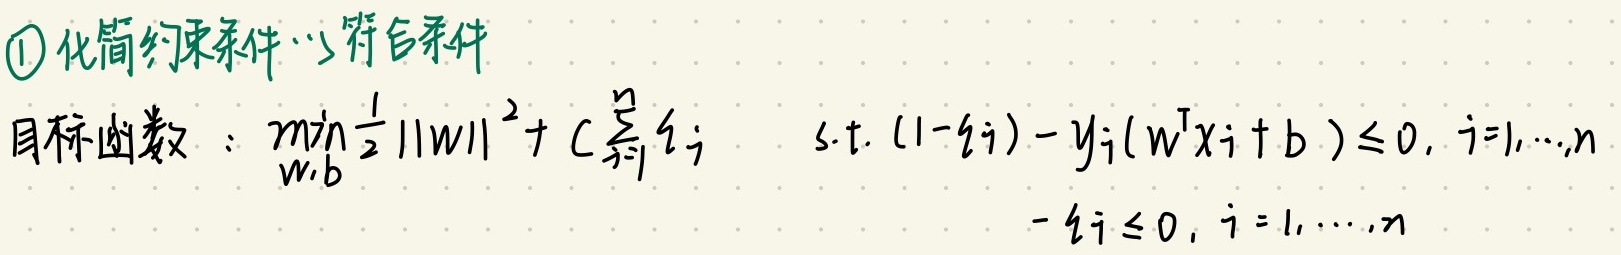
\textcircled{1} 化简约束条件·满足条件

目标函数：$\min_{w,b} \frac{1}{2} \|w\|^2 + C \sum_{i = 1}^{n} \xi_i$  \ \ \ \ \ s.t. $(1 - \xi_i) - y_i (w^T x_i + b) \leq 0, \ i = 1, \cdots, n$

\ \ \ \ \ \ \ \ \ \ \ \ \ \ \ \ \ \ \ \ \ \ \ \ \ \ \ \ \ \ \ \ \ \ \ \ \ \ \ \ \ \ \ \ \ \ \ \ \ \ \ \ \ \ \ \ \ \ \ \ \ \ \ \ \ \ \ \ \ \ \ \ \ \ \ \ \ \ \ \ \ \ \ \ \ \ \ \ \ \ \ \ \ \ \ \ \ \ \ \ \ \ \ \ \ \ \ \ \ \ \ \ \ \ \ \ \ \ \ \ \ \ \ \ \ \ \ \ \ \ \ \ \ \ \ \ \ \ \ \ \ \ \ \ \ \ \ \ \ \ \ \ \ \ \ \ \ \ \ \ \ \ \ \ \ \ \ \ \ \ \ \ \ \ \ \ \ \ \ \ \ \ \ \ \ \ \ \ \ \ \ \ \ \ \ \ \ \ \ \ \ \ \ \ \ \ \ \ \ \ \ \ \ \ \ \ \ \ \ \ \ \ \ \ \ \ \ \ \ \ \ \ \ \ \ \ \ \ \ \ \ \ \ \ \ \ \ \ \ \ \ \ \ \ \ \ \ \ \ \ \ \ \ \ \ \ \ \ \ \ \ \ \ \ \ \ \ \ \ \ \ \ \ \ \ \ \ \ \ \ \ \ \ \ \ \ \ \ \ \ \ \ \ \ \ \ \ \ \ \ \ \ \ \ \ \ \ \ \ \ \ \ \ \ \ \ \ \ \ \ \ \ \ \ \ \ \ \ \ \ \ \ \ \ \ \ \ \ \ \ \ \ \ \ \ \ \ \ \ \ \ \ \ \ \ \ \ \ \ \ \ \ \ \ \ \ \ \ \ \ \ \ \ \ \ \ \ \ \ \ \ \ \ \ \ \ \ \ \ \ \ \ \ \ \ \ \ \ \ \ \ \ \ \ \ \ \ \ \ \ \ \ \ \ \ \ \ \ \ \ \ \ \ \ \ \ \ \ \ \ \ \ \ \ \ \ \ \ \ \ \ \ \ \ \ \ \ \ \ \ \ \ \ \ \ \ \ \ \ \ \ \ \ \ \ \ \ \ \ \ \ \ \ \ \ \ \ \ \ \ \ \ \ \ \ \ \ \ \ \ \ \ \ \ \ \ \ \ \ \ \ \ \ \ \ \ \ \ \ \ \ \ \ \ \ \ \ \ \ \ \ \ \ \ \ \ \ \ \ \ \ \ \ \ \ \ \ \ \ \ \ \ \ \ \ \ \ \ \ \ \ \ \ \ \ \ \ \ \ \ \ \ \ \ \ \ \ \ \ \ \ \ \ \ \ \ \ \ \ \ \ \ \ \ \ \ \ \ \ \ \ \ \ \ \ \ \ \ \ \ \ \ \ \ \ \ \ \ \ \ \ \ \ \ \ \ \ \ \ \ \ \ \ \ \ \ \ \ \ \ \ \ \ \ \ \ \ \ \ \ \ \ \ \ \ \ \ \ \ \ \ \ \ \ \ \ \ \ \ \ \ \ \ \ \ \ \ \ \ \ \ \ \ \ \ \ \ \ \ \ \ \ \ \ \ \ \ \ \ \ \ \ \ \ \ \ \ \ \ \ \ \ \ \ \ \ \ \ \ \ \ \ \ \ \ \ \ \ \ \ \ \ \ \ \ \ \ \ \ \ \ \ \ \ \ \ \ \ \ \ \ \ \ \ \ \ \ \ \ \ \ \ \ \ \ \ \ \ \ \ \ \ \ \ \ \ \ \ \ \ \ \ \ \ \ \ \ \ \ \ \ \ \ \ \ \ \ \ \ \ \ \ \ \ \ \ \ \ \ \ \ \ \ \ \ \ \ \ \ \ \ \ \ \ \ \ \ \ \ \ \ \ \ \ \ \ \ \ \ \ \ \ \ \ \ \ \ \ \ \ \ \ \ \ \ \ \ \ \ \ \ \ \ \ \ \ \ \ \ \ \ \ \ \ \ \ \ \ \ \ \ \ \ \ \ \ \ \ \ \ \ \ \ \ \ \ \ \ \ \ \ \ \ \ \ \ \ \ \ \ \ \ \ \ \ \ \ \ \ \ \ \ \ \ \ \ \ \ \ \ \ \ \ \ \ \ \ \ \ \ \ \ \ \ \ \ \ \ \ \ \ \ \ \ \ \ \ \ \ \ \ \ \ \ \ \ \ \ \ \ \ \ \ \ \ \ \ \ \ \ \ \ \ \ \ \ \ \ \ \ \ \ \ \ \ \ \ \ \ \ \ \ \ \ \ \ \ \ \ \ \ \ \ \ \ \ \ \ \ \ \ \ \ \ \ \ \ \ \ \ \ \ \ \ \ \ \ \ \ \ \ \ \ \ \ \ \ \ \ \ \ \ \ \ \ \ \ \ \ \ \ \ \ \ \ \ \ \ \ \ \ \ \ \ \ \ \ \ \ \ \ \ \ \ \ \ \ \ \ \ \ \ \ \ \ \ \ \ \ \ \ \ \ \ \ \ \ \ \ \ \ \ \ \ \ \ \ \ \ \ \ \ \ \ \ \ \ \ \ \ \ \ \ \ \ \ \ \ \ \ \ \ \ \ \ \ \ \ \ \ \ \ \ \ \ \ \ \ \ \ \ \ \ \ \ \ \ \ \ \ \ \ \ \ \ \ \ \ \ \ \ \ \ \ \ \ \ \ \ \ \ \ \ \ \ \ \ \ \ \ \ \ \ \ \ \ \ \ \ \ \ \ \ \ \ \ \ \ \ \ \ \ \ \ \ \ \ \ \ \ \ \ \ \ \ \ \ \ \ \ \ \ \ \ \ \ \ \ \ \ \ \ \ \ \ \ \ \ \ \ \ \ \ \ \ \ \ \ \ \ \ \ \ \ \ \ \ \ \ \ \ \ \ \ \ \ \ \ \ \ \ \ \ \ \ \ \ \ \ \ \ \ \ \ \ \ \ \ \ \ \ \ \ \ \ \ \ \ \ \ \ \ \ \ \ \ \ \ \ \ \ \ \ \ \ \ \ \ \ \ \ \ \ \ \ \ \ \ \ \ \ \ \ \ \ \ \ \ \ \ \ \ \ \ \ \ \ \ \ \ \ \ \ \ \ \ \ \ \ \ \ \ \ \ \ \ \ \ \ \ \ \ \ \ \ \ \ \ \ \ \ \ \ \ \ \ \ \ \ \ \ \ \ \ \ \ \ \ \ \ \ \ \ \ \ \ \ \ \ \ \ \ \ \ \ \ \ \ \ \ \ \ \ \ \ \ \ \ \ \ \ \ \ \ \ \ \ \ \ \ \ \ \ \ \ \ \ \ \ \ \ \ \ \ \ \ \ \ \ \ \ \ \ \ \ \ \ \ \ \ \ \ \ \ \ \ \ \ \ \ \ \ \ \ \ \ \ \ \ \ \ \ \ \ \ \ \ \ \ \ \ \ \ \ \ \ \ \ \ \ \ \ \ \ \ \ \ \ \ \ \ \ \ \ \ \ \ \ \ \ \ \ \ \ \ \ \ \ \ \ \ \ \ \ \ \ \ \ \ \ \ \ \ \ \ \ \ \ \ \ \ \ \ \ \ \ \ \ \ \ \ \ \ \ \ \ \ \ \ \ \ \ \ \ \ \ \ \ \ \ \ \ \ \ \ \ \ \ \ \ \ \ \ \ \ \ \ \ \ \ \ \ \ \ \ \ \ \ \ \ \ \ \ \ \ \ \ \ \ \ \ \ \ \ \ \ \ \ \ \ \ \ \ \ \ \ \ \ \ \ \ \ \ \ \ \ \ \ \ \ \ \ \ \ \ \ \ \ \ \ \ \ \ \ \ \ \ \ \ \ \ \ \ \ \ \ \ \ \ \ \ \ \ \ \ \ \ \ \ \ \ \ \ \ \ \ \ \ \ \ \ \ \ \ \ \ \ \ \ \ \ \ \ \ \ \ \ \ \ \ \ \ \ \ \ \ \ \ \ \ \ \ \ \ \ \ \ \ \ \ \ \ \ \ \ \ \ \ \ \ \ \ \ \ \ \ \ \ \ \ \ \ \ \ \ \ \ \ \ \ \ \ \ \ \ \ \ \ \ \ \ \ \ \ \ \ \ \ \ \ \ \ \ \ \ \ \ \ \ \ \ \ \ \ \ \ \ \ \ \ \ \ \ \ \ \ \ \ \ \ \ \ \ \ \ \ \ \ \ \ \ \ \ \ \ \ \ \ \ \ \ \ \ \ \ \ \ \ \ \ \ \ \ \ \ \ \ \ \ \ \ \ \ \ \ \ \ \ \ \ \ \ \ \ \ \ \ \ \ \ \ \ \ \ \ \ \ \ \ \ \ \ \ \ \ \ \ \ \ \ \ \ \ \ \ \ \ \ \ \ \ \ \ \ \ \ \ \ \ \ \ \ \ \ \ \ \ \ \ \ \ \ \ \ \ \ \ \ \ \ \ \ \ \ \ \ \ \ \ \ \ \ \ \ \ \ \ \ \ \ \ \ \ \ \ \ \ \ \ \ \ \ \ \ \ \ \ \ \ \ \ \ \ \ \ \ \ \ \ \ \ \ \ \ \ \ \ \ \ \ \ \ \ \ \ \ \ \ \ \ \ \ \ \ \ \ \ \ \ \ \ \ \ \ \ \ \ \ \ \ \ \ \ \ \ \ \ \ \ \ \ \ \ \ \ \ \ \ \ \ \ \ \ \ \ \ \ \ \ \ \ \ \ \ \ \ \ \ \ \ \ \ \ \ \ \ \ \ \ \ \ \ \ \ \ \ \ \ \ \ \ \ \ \ \ \ \ \ \ \ \ \ \ \ \ \ \ \ \ \ \ \ \ \ \ \ \ \ \ \ \ \ \ \ \ \ \ \ \ \ \ \ \ \ \ \ \ \ \ \ \ \ \ \ \ \ \ \ \ \ \ \ \ \ \ \ \ \ \ \ \ \ \ \ \ \ \ \ \ \ \ \ \ \ \ \ \ \ \ \ \ \ \ \ \ \ \ \ \ \ \ \ \ \ \ \ \ \ \ \ \ \ \ \ \ \ \ \ \ \ \ \ \ \ \ \ \ \ \ \ \ \ \ \ \ \ \ \ \ \ \ \ \ \ \ \ \ \ \ \ \ \ \ \ \ \ \ \ \ \ \ \ \ \ \ \ \ \ \ \ \ \ \ \ \ \ \ \ \ \ \ \ \ \ \ \ \ \ \ \ \ \ \ \ \ \ \ \ \ \ \ \ \ \ \ \ \ \ \ \ \ \ \ \ \ \ \ \ \ \ \ \ \ \ \ \ \ \ \ \ \ \ \ \ \ \ \ \ \ \ \ \ \ \ \ \ \ \ \ \ \ \ \ \ \ \ \ \ \ \ \ \ \ \ \ \ \ \ \ \ \ \ \ \ \ \ \ \ \ \ \ \ \ \ \ \ \ \ \ \ \ \ \ \ \ \ \ \ \ \ \ \ \ \ \ \ \ \ \ \ \ \ \ \ \ \ \ \ \ \ \ \ \ \ \ \ \ \ \ \ \ \ \ \ \ \ \ \ \ \ \ \ \ \ \ \ \ \ \ \ \ \ \ \ \ \ \ \ \ \ \ \ \ \ \ \ \ \ \ \ \ \ \ \ \ \ \ \ \ \ \ \ \ \ \ \ \ \ \ \ \ \ \ \ \ \ \ \ \ \ \ \ \ \ \ \ \ \ \ \ \ \ \ \ \ \ \ \ \ \ \ \ \ \ \ \ \ \ \ \ \ \ \ \ \ \ \ \ \ \ \ \ \ \ \ \ \ \ \ \ \ \ \ \ \ \ \ \ \ \ \ \ \ \ \ \ \ \ \ \ \ \ \ \ \ \ \ \ \ \ \ \ \ \ \ \ \ \ \ \ \ \ \ \ \ \ \ \ \ \ \ \ \ \ \ \ \ \ \ \ \ \ \ \ \ \ \ \ \ \ \ \ \ \ \ \ \ \ \ \ \ \ \ \ \ \ \ \ \ \ \ \ \ \ \ \ \ \ \ \ \ \ \ \ \ \ \ \ \ \ \ \ \ \ \ \ \ \ \ \ \ \ \ \ \ \ \ \ \ \ \ \ \ \ \ \ \ \ \ \ \ \ \ \ \ \ \ \ \ \ \ \ \ \ \ \ \ \ \ \ \ \ \ \ \ \ \ \ \ \ \ \ \ \ \ \ \ \ \ \ \ \ \ \ \ \ \ \ \ \ \ \ \ \ \ \ \ \ \ \ \ \ \ \ \ \ \ \ \ \ \ \ \ \ \ \ \ \ \ \ \ \ \ \ \ \ \ \ \ \ \ \ \ \ \ \ \ \ \ \ \ \ \ \ \ \ \ \ \ \ \ \ \ \ \ \ \ \ \ \ \ \ \ \ \ \ \ \ \ \ \ \ \ \ \ \ \ \ \ \ \ \ \ \ \ \ \ \ \ \ \ \ \ \ \ \ \ \ \ \ \ \ \ \ \ \ \ \ \ \ \ \ \ \ \ \ \ \ \ \ \ \ \ \ \ \ \ \ \ \ \ \ \ \ \ \ \ \ \ \ \ \ \ \ \ \ \ \ \ \ \ \ \ \ \ \ \ \ \ \ \ \ \ \ \ \ \ \ \ \ \ \ \ \ \ \ \ \ \ \ \ \ \ \ \ \ \ \ \ \ \ \ \ \ \ \ \ \ \ \ \ \ \ \ \ \ \ \ \ \ \ \ \ \ \ \ \ \ \ \ \ \ \ \ \ \ \ \ \ \ \ \ \ \ \ \ \ \ \ \ \ \ \ \ \ \ \ \ \ \ \ \ \ \ \ \ \ \ \ \ \ \ \ \ \ \ \ \ \ \ \ \ \ \ \ \ \ \ \ \ \ \ \ \ \ \ \ \ \ \ \ \ \ \ \ \ \ \ \ \ \ \ \ \ \ \ \ \ \ \ \ \ \ \ \ \ \ \ \ \ \ \ \ \ \ \ \ \ \ \ \ \ \ \ \ \ \ \ \ \ \ \ \ \ \ \ \ \ \ \ \ \ \ \ \ \ \ \ \ \ \ \ \ \ \ \ \ \ \ \ \ \ \ \ \ \ \ \ \ \ \ \ \ \ \ \ \ \ \ \ \ \ \ \ \ \ \ \ \ \ \ \ \ \ \ \ \ \ \ \ \ \ \ \ \ \ \ \ \ \ \ \ \ \ \ \ \ \ \ \ \ \ \ \ \ \ \ \ \ \ \ \ \ \ \ \ \ \ \ \ \ \ \ \ \ \ \ \ \ \ \ \ \ \ \ \ \ \ \ \ \ \ \ \ \ \ \ \ \ \ \ \ \ \ \ \ \ \ \ \ \ \ \ \ \ \ \ \ \ \ \ \ \ \ \ \ \ \ \ \ \ \ \ \ \ \ \ \ \ \ \ \ \ \ \ \ \ \ \ \ \ \ \ \ \ \ \ \ \ \ \ \ \ \ \ \ \ \ \ \ \ \ \ \ \ \ \ \ \ \ \ \ \ \ \ \ \ \ \ \ \ \ \ \ \ \ \ \ \ \ \ \ \ \ \ \ \ \ \ \ \ \ \ \ \ \ \ \ \ \ \ \ \ \ \ \ \ \ \ \ \ \ \ \ \ \ \ \ \ \ \ \ \ \ \ \ \ \ \ \ \ \ \ \ \ \ \ \ \ \ \ \ \ \ \ \ \ \ \ \ \ \ \ \ \ \ \ \ \ \ \ \ \ \ \ \ \ \ \ \ \ \ \ \ \ \ \ \ \ \ \ \ \ \ \ \ \ \ \ \ \ \ \ \ \ \ \ \ \ \ \ \ \ \ \ \ \ \ \ \ \ \ \ \ \ \ \ \ \ \ \ \ \ \ \ \ \ \ \ \ \ \ \ \ \ \ \ \ \ \ \ \ \ \ \ \ \ \ \ \ \ \ \ \ \ \ \ \ \ \ \ \ \ \ \ \ \ \ \ \ \ \ \ \ \ \ \ \ \ \ \ \ \ \ \ \ \ \ \ \ \ \ \ \ \ \ \ \ \ \ \ \ \ \ \ \ \ \ \ \ \ \ \ \ \ \ \ \ \ \ \ \ \ \ \ \ \ \ \ \ \ \ \ \ \ \ \ \ \ \ \ \ \ \ \ \ \ \ \ \ \ \ \ \ \ \ \ \ \ \ \ \ \ \ \ \ \ \ \ \ \ \ \ \ \ \ \ \ \ \ \ \ \ \ \ \ \ \ \ \ \ \ \ \ \ \ \ \ \ \ \ \ \ \ \ \ \ \ \ \ \ \ \ \ \ \ \ \ \ \ \ \ \ \ \ \ \ \ \ \ \ \ \ \ \ \ \ \ \ \ \ \ \ \ \ \ \ \ \ \ \ \ \ \ \ \ \ \ \ \ \ \ \ \ \ \ \ \ \ \ \ \ \ \ \ \ \ \ \ \ \ \ \ \ \ \ \ \ \ \ \ \ \ \ \ \ \ \ \ \ \ \ \ \ \ \ \ \ \ \ \ \ \ \ \ \ \ \ \ \ \ \ \ \ \ \ \ \ \ \ \ \ \ \ \ \ \ \ \ \ \ \ \ \ \ \ \ \ \ \ \ \ \ \ \ \ \ \ \ \ \ \ \ \ \ \ \ \ \ \ \ \ \ \ \ \ \ \ \ \ \ \ \ \ \ \ \ \ \ \ \ \ \ \ \ \ \ \ \ \ \ \ \ \ \ \ \ \ \ \ \ \ \ \ \ \ \ \ \ \ \ \ \ \ \ \ \ \ \ \ \ \ \ \ \ \ \ \ \ \ \ \ \ \ \ \ \ \ \ \ \ \ \ \ \ \ \ \ \ \ \ \ \ \ \ \ \ \ \ \ \ \ \ \ \ \ \ \ \ \ \ \ \ \ \ \ \ \ \ \ \ \ \ \ \ \ \ \ \ \ \ \ \ \ \ \ \ \ \ \ \ \ \ \ \ \ \ \ \ \ \ \ \ \ \ \ \ \ \ \ \ \ \ \